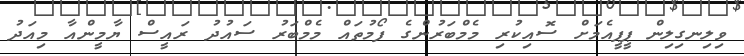
ވިލިނގިލިން ޕީޕީއެމަށް ސޮއިކުރި މެމްބަރުންގެ ފޯމުތައް މެމްބަރު ސައުދު ރައީސް ޔާމީންއާ މިއަދު